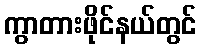
ကွာတားဖိုင်နယ်တွင်